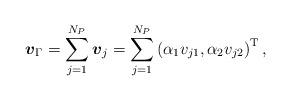
LaTeX: \begin{align*}\boldsymbol{v}_\Gamma=\sum_{j=1}^{N_P} \boldsymbol{v}_j=\sum_{j=1}^{N_P}\left(\alpha_1v_{j1},\alpha_2v_{j2}\right)^{\rm T},\end{align*}